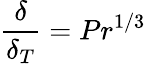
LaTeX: {\frac{\delta}{\delta_{T}}}=Pr^{1/3}